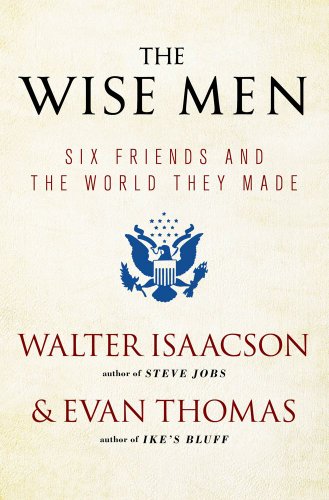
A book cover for The Wise Men: Six Friends and the World They Made; Walter Isaacson; History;